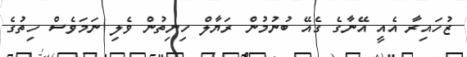
ޒުހައިރާ އެއީ އޭނާގެ ގެއޭ ބުނުމުން ރަޔާލް ހިނިތުން ވެލި ނަމަވެސް ހިތުގެ